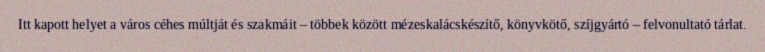
Itt kapott helyet a város céhes múltját és szakmáit – többek között mézeskalácskészítő, könyvkötő, szíjgyártó – felvonultató tárlat.